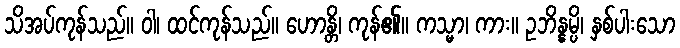
သိအပ်ကုန်သည်။ ဝါ၊ ထင်ကုန်သည်။ ဟောန္တိ၊ ကုန်၏။ ကသ္မာ၊ ကား။ ဥဘိန္နမ္ပိ၊ နှစ်ပါးသော